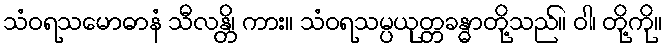
သံဝရသမောဓာနံ သီလန္တိ၊ ကား။ သံဝရသမ္ပယုတ္တခန္ဓာတို့သည်။ ဝါ၊ တို့ကို။